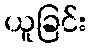
ယူခြင်း